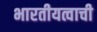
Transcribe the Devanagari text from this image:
भारतीयत्वाची